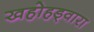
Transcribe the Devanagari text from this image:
खहोहड्वारा